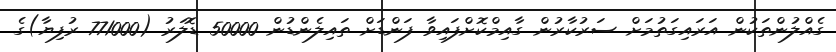
ގެއްލުންތަކުން އަރައިގަތުމަށް ސަރުކާރުން ގާއިމްކޮށްފައިވާ ފަންޑަށް ތައިލެންޑުން 50000 ޑޮލަރު (771000 ރުފިޔާ)ގެ